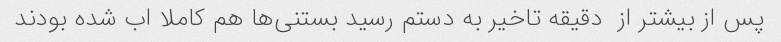
پس از بیشتر از  دقیقه تاخیر به دستم رسید بستنی‌ها هم کاملا اب شده بودند